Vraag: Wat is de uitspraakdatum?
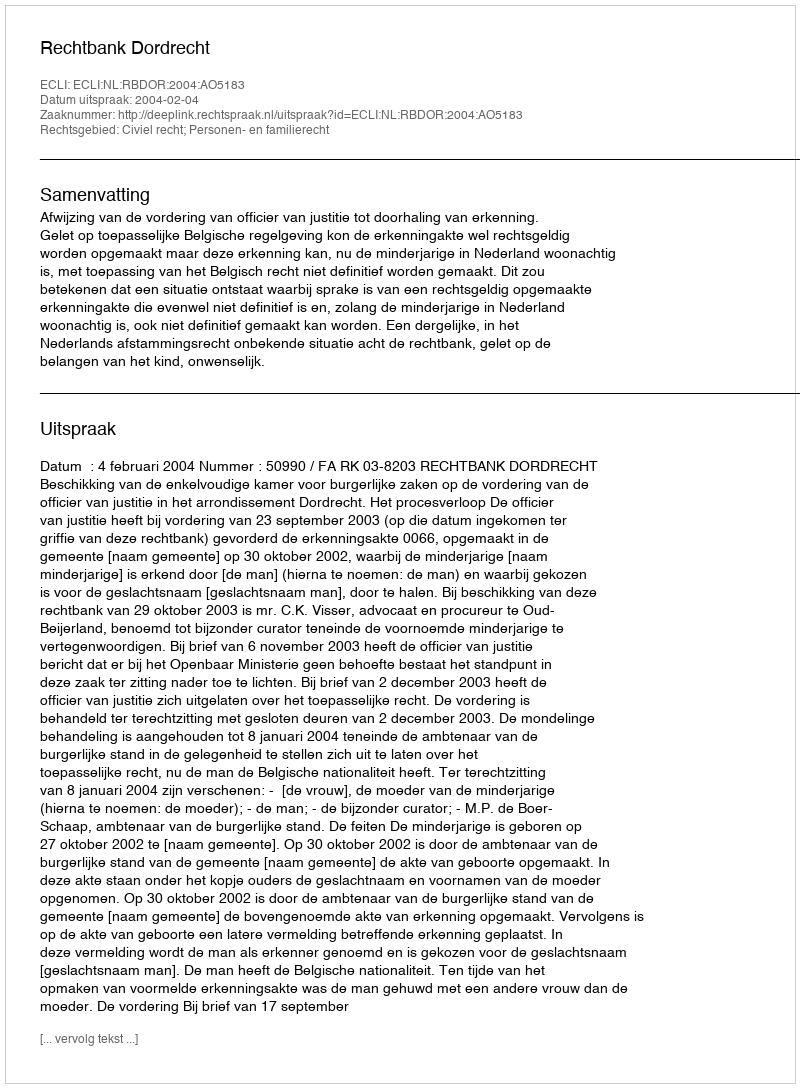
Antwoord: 2004-02-04